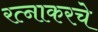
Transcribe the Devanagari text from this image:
रत्‍नाकरचे